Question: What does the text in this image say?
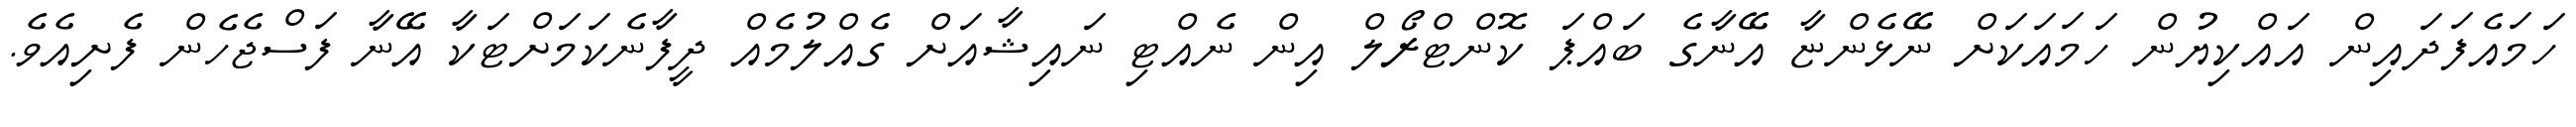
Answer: ހަމައެފަދައިން އައްކިޔުން ހަމައަކަށް ނޭޅެންޏާ އޭނާގެ ބައްޕަ ކޮންޓްރޯލް އިން ނެއްޓި ނައިޝާއަށް ގެއްލުމެއް ދީފާނެކަމަށްޓަކާ އޭނާ ފަސްޖެހެން ފެށިއެވެ.